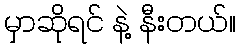
မှာဆိုရင် နဲ့ နီးတယ်။